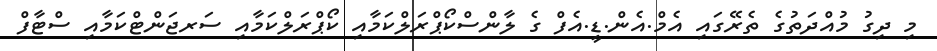
މި ދިގު މުއްދަތުގެ ތެރޭގައި އެމް.އެން.ޑީ.އެފް ގެ ލާންސްކޯޕްރަލްކަމާއި ކޯޕްރަލްކަމާއި ސަރޖަންޓްކަމާއި ސްޓާފް